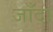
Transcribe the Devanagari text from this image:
जाँदा